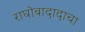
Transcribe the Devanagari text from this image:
राघोबादादाचा